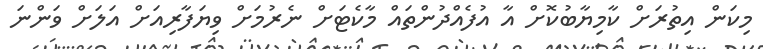
މިކަން އިތުރަށް ކާމިޔާބުކޮށް އާ އުފެއްދުންތައް މާކެޓަށް ނެރުމަށް ވިޔަފާރިއަށް އަލަށް ވަންނަ